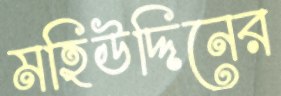
মহিউদ্দিনের